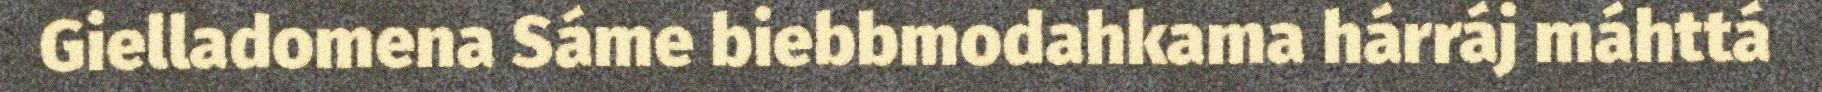
Gielladomena Sáme biebbmodahkama hárráj máhttá